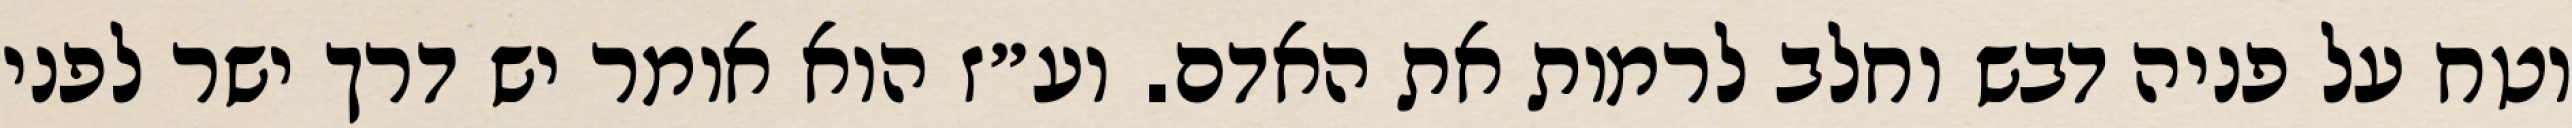
וטח על פניה דבש וחלב לרמות את האדם. וע״ז הוא אומר יש דרך ישר לפני